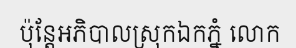
ប៉ុន្តែអភិបាលស្រុកឯកភ្នំ លោក